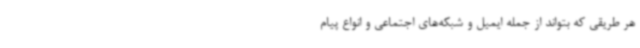
هر طریقی که بتواند از جمله‌ ایمیل و شبکه‌های اجتماعی و انواع پیام